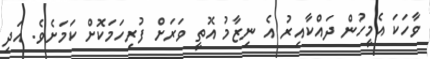
ވާހަކަ އެމީހުން ދައްކާއިރު އެ ނިޒާމު އޮތީ ވަރަށް ފުރިހަމަކޮަށް ކަމަށެވެ. އަދި